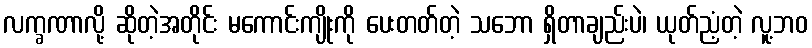
လက္ခဏာလို့ ဆိုတဲ့အတိုင်း မကောင်းကျိုးကို ပေးတတ်တဲ့ သဘော ရှိတာချည်းပဲ၊ ယုတ်ညံ့တဲ့ လူ့ဘဝ